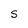
Character: S